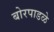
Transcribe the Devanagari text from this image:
बोरपाडळे